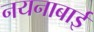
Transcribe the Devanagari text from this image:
नयनाबाई